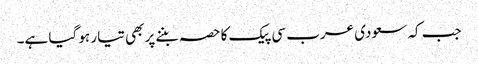
جب کہ سعودی عرب سی پیک کا حصہ بننے پر بھی تیار ہو گیا ہے۔